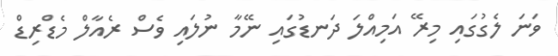
ވަނަ ލެގުގައި މިރޭ އަމިއްލަ ދަނޑުގައި ނޭމާ ނުލައި ވެސް ރެއާލް މެޑްރިޑް